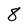
Character: 8